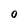
Character: 0